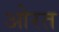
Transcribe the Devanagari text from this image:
ओरत